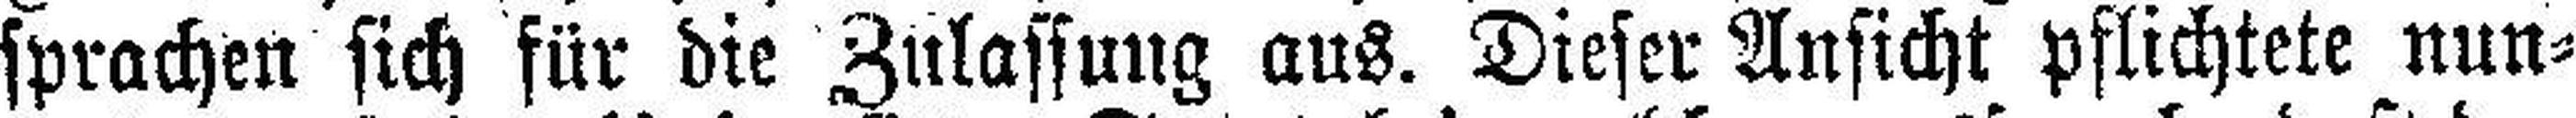
sprachen sich für die Zulassung aus. Dieser Ansicht pflichtete nun¬